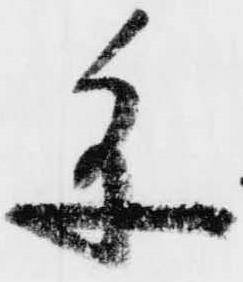
参